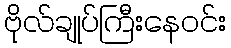
ဗိုလ်ချုပ်ကြီးနေဝင်း